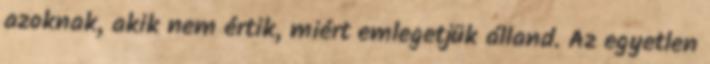
azoknak, akik nem értik, miért emlegetjük álland. Az egyetlen